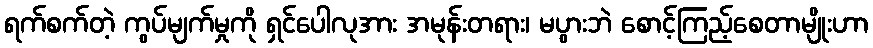
ရက်စက်တဲ့ ကွပ်မျက်မှုကို ရှင်ပေါလုအား အမုန်းတရား၊ မပွားဘဲ စောင့်ကြည့်စေတာမျိုးဟာ